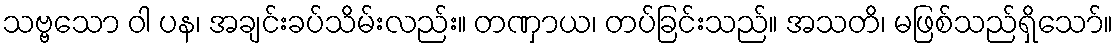
သဗ္ဗသော ဝါ ပန၊ အချင်းခပ်သိမ်းလည်း။ တဏှာယ၊ တပ်ခြင်းသည်။ အသတိ၊ မဖြစ်သည်ရှိသော်။